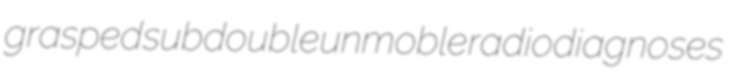
grasped subdouble unmoble radiodiagnoses